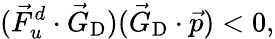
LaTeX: (\vec{F}_{u}^{d}\cdot\vec{G}_{\textrm{D}})(\vec{G}_{\textrm{D}}\cdot\vec{p})<0,